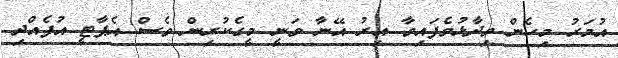
އުމަރު މިހެން ވިދާޅުވެފައިވާ އިރު އޭނާ ވަނީ މީގެކުރިން ވެސް އެޕާޓީ އުފެއްދި